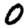
Digit: 0